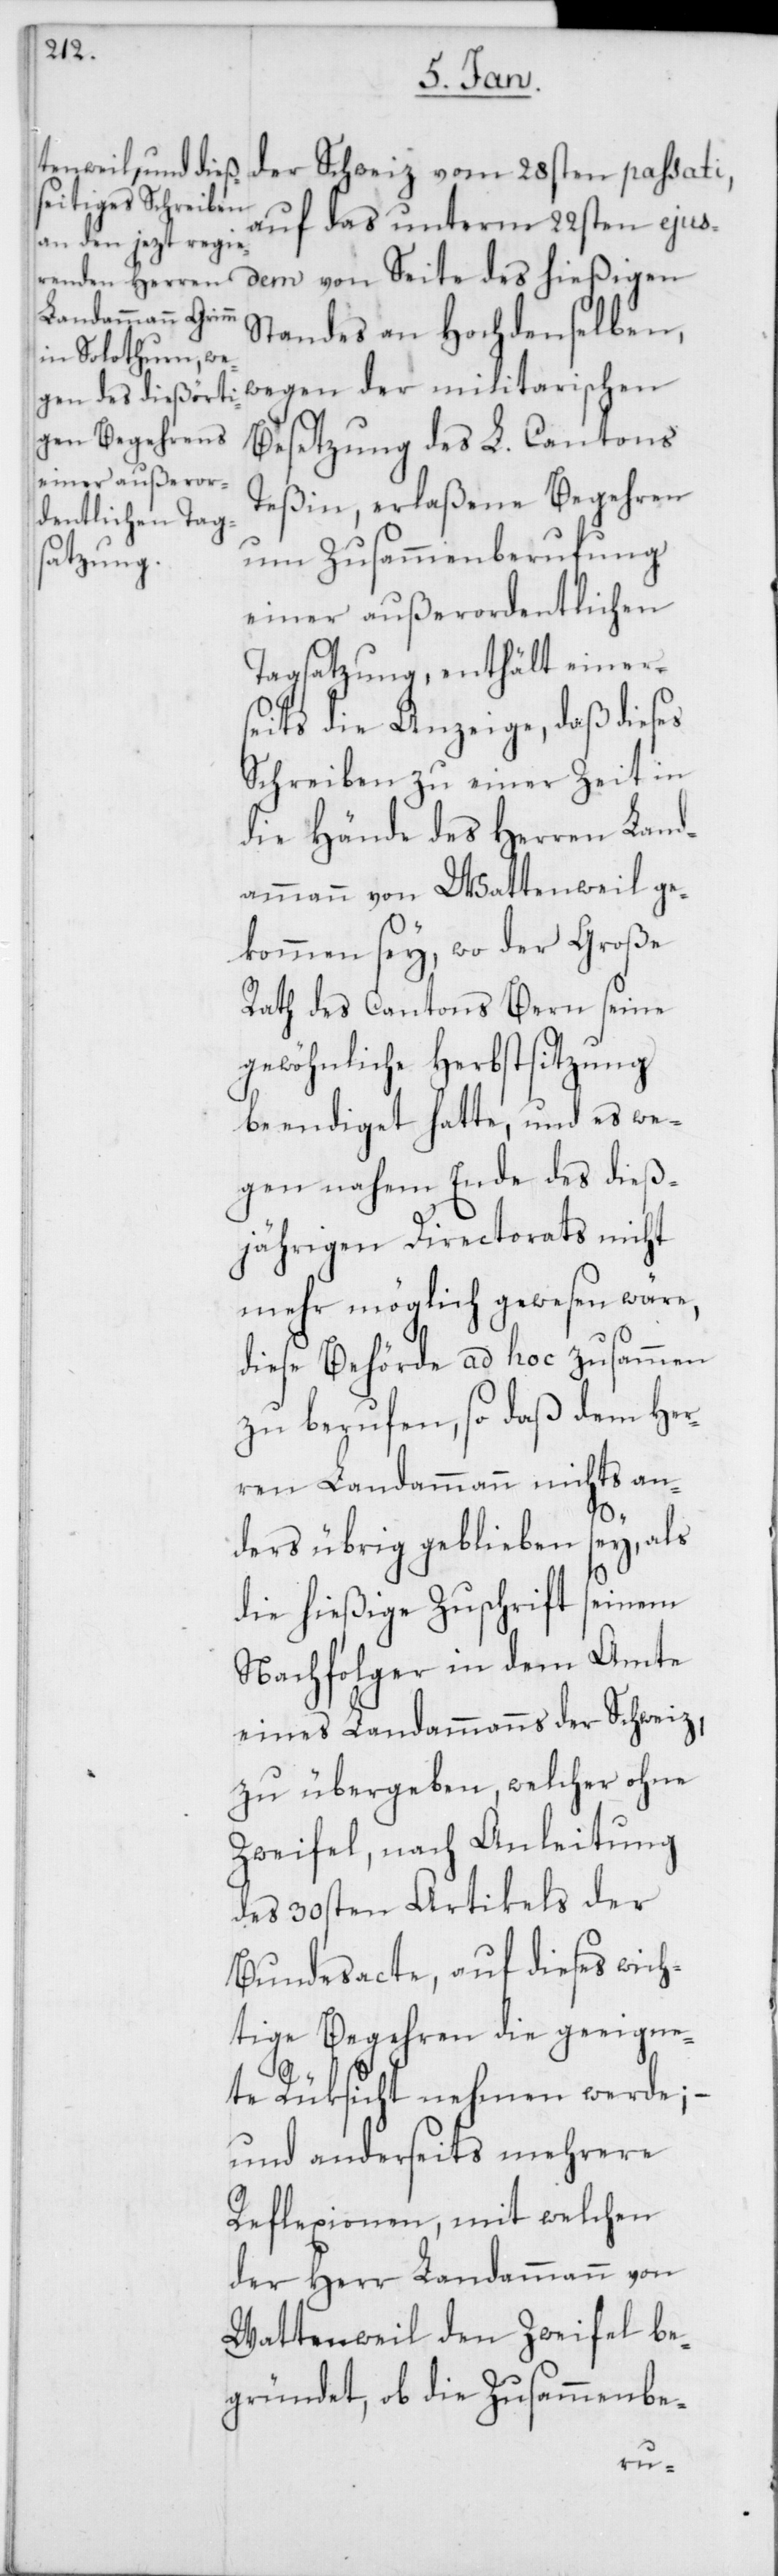
der Schweiz vom 28sten passati,
auf das unterm 22sten ejus¬
dem von Seite des hießigen
Standes an Hochdenselben,
wegen der militarischen
Besetzung des L. Cantons
Teßin, erlaßene Begehren
um Zusammenberufung
einer außerordentlichen
Tagsatzung, enthält einer¬
seits die Anzeige, daß dieses
Schreiben zu einer Zeit in
die Hände des Herren Land¬
ammann von Wattenweil ge¬
kommen sey, wo der Große
Rath des Cantons Bern seine
gewöhnliche Herbstsitzung
beendiget hatte, und es we¬
gen nahem Ende des dieß¬
jährigen Directorats nicht
mehr möglich gewesen wäre,
diese Behörde ad hoc zusammen
zu berufen, so daß dem Her¬
ren Landammann nichts an¬
ders übrig geblieben sey, als
die hießige Zuschrift seinem
Nachfolger in dem Amte
eines Landammanns der Schweiz,
zu übergeben, welcher ohne
Zweifel, nach Anleitung
des 30sten Artikels der
Bundesacte, auf dieses wich¬
tige Begehren die geeigne¬
te Rüksicht nehmen werde;
und anderseits mehrere
Reflexionen, mit welchen
der Herr Landammann von
Wattenweil den Zweifel be¬
gründet, ob die Zusammenbe-